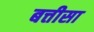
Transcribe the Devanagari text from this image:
बत्तीसा